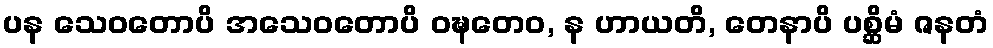
ပန သေဝတောပိ အသေဝတောပိ ဝဍ္ဎတေဝ, န ဟာယတိ, တေနာပိ ပစ္ဆိမံ ဇနတံ